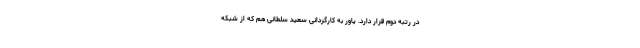
در رتبه دوم قرار دارد. یاور به کارگردانی سعید سلطانی هم که از شبکه